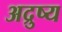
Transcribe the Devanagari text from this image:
अद्रुष्य